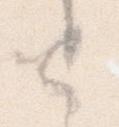
と